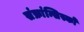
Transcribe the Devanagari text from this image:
संफ्रांन्सिस्को